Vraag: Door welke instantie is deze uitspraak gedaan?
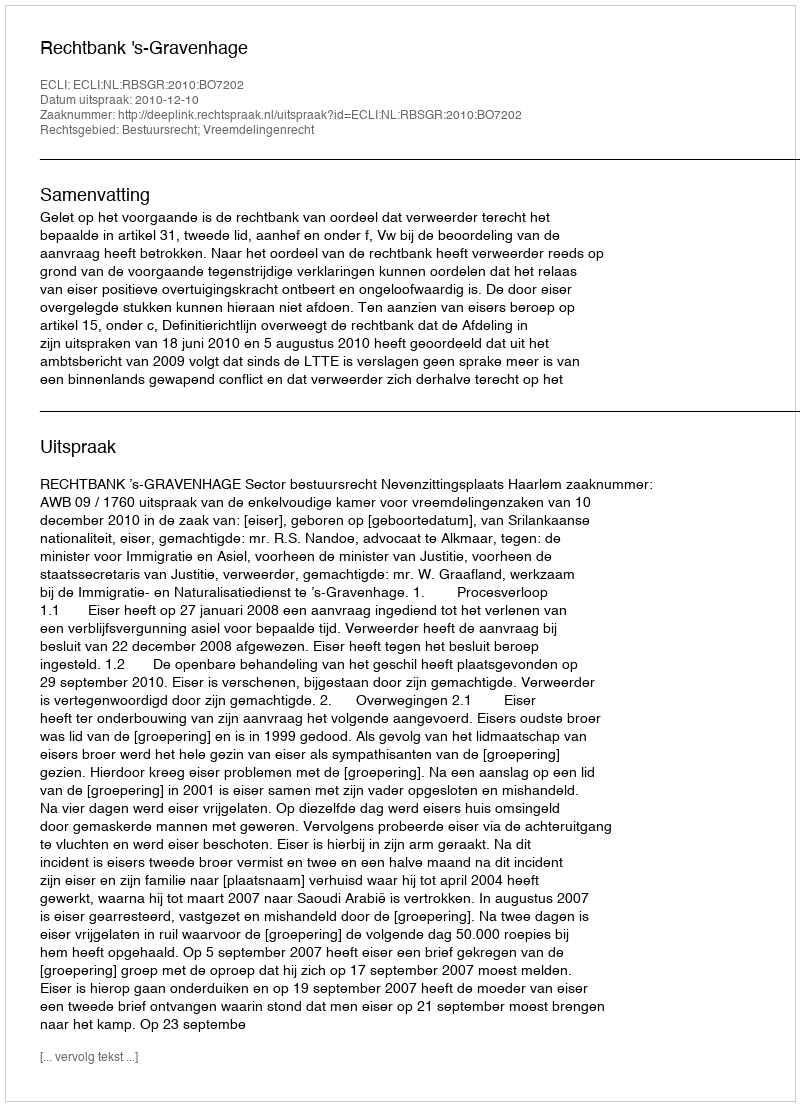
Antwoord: Rechtbank 's-Gravenhage